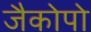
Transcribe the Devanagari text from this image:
जैकोपो